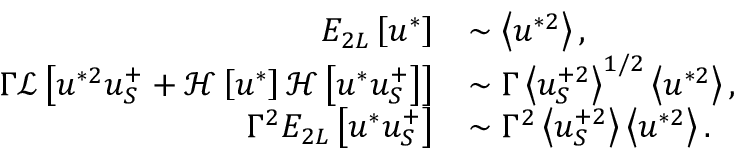
\begin{array} { r l } { E _ { 2 L } \left[ u ^ { * } \right] } & { \sim \left< u ^ { * 2 } \right> , } \\ { \Gamma \mathcal { L } \left[ u ^ { * 2 } u _ { S } ^ { + } + \mathcal { H } \left[ u ^ { * } \right] \mathcal { H } \left[ u ^ { * } u _ { S } ^ { + } \right] \right] } & { \sim \Gamma \left< u _ { S } ^ { + 2 } \right> ^ { 1 / 2 } \left< u ^ { * 2 } \right> , } \\ { \Gamma ^ { 2 } E _ { 2 L } \left[ u ^ { * } u _ { S } ^ { + } \right] } & { \sim \Gamma ^ { 2 } \left< u _ { S } ^ { + 2 } \right> \left< u ^ { * 2 } \right> . } \end{array}